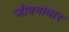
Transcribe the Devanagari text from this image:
जीवनाधार